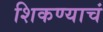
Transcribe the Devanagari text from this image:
शिकण्याचं